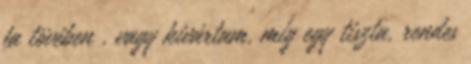
fa tövében . vagy kivártam, míg egy tiszta, rendes